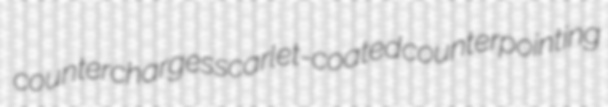
countercharges scarlet-coated counterpointing